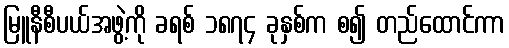
မြူနီစီပယ်အဖွဲ့ကို ခရစ် ၁၈၇၄ ခုနှစ်က စ၍ တည်ထောင်ကာ